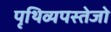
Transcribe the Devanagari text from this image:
पृथिव्यपस्तेजो